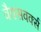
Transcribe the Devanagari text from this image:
वैक्सवर्क्स